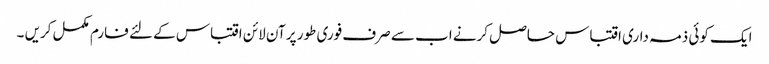
ایک کوئی ذمہ داری اقتباس حاصل کرنے اب سے صرف فوری طور پر آن لائن اقتباس کے لئے فارم مکمل کریں ۔